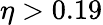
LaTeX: \eta>0.19